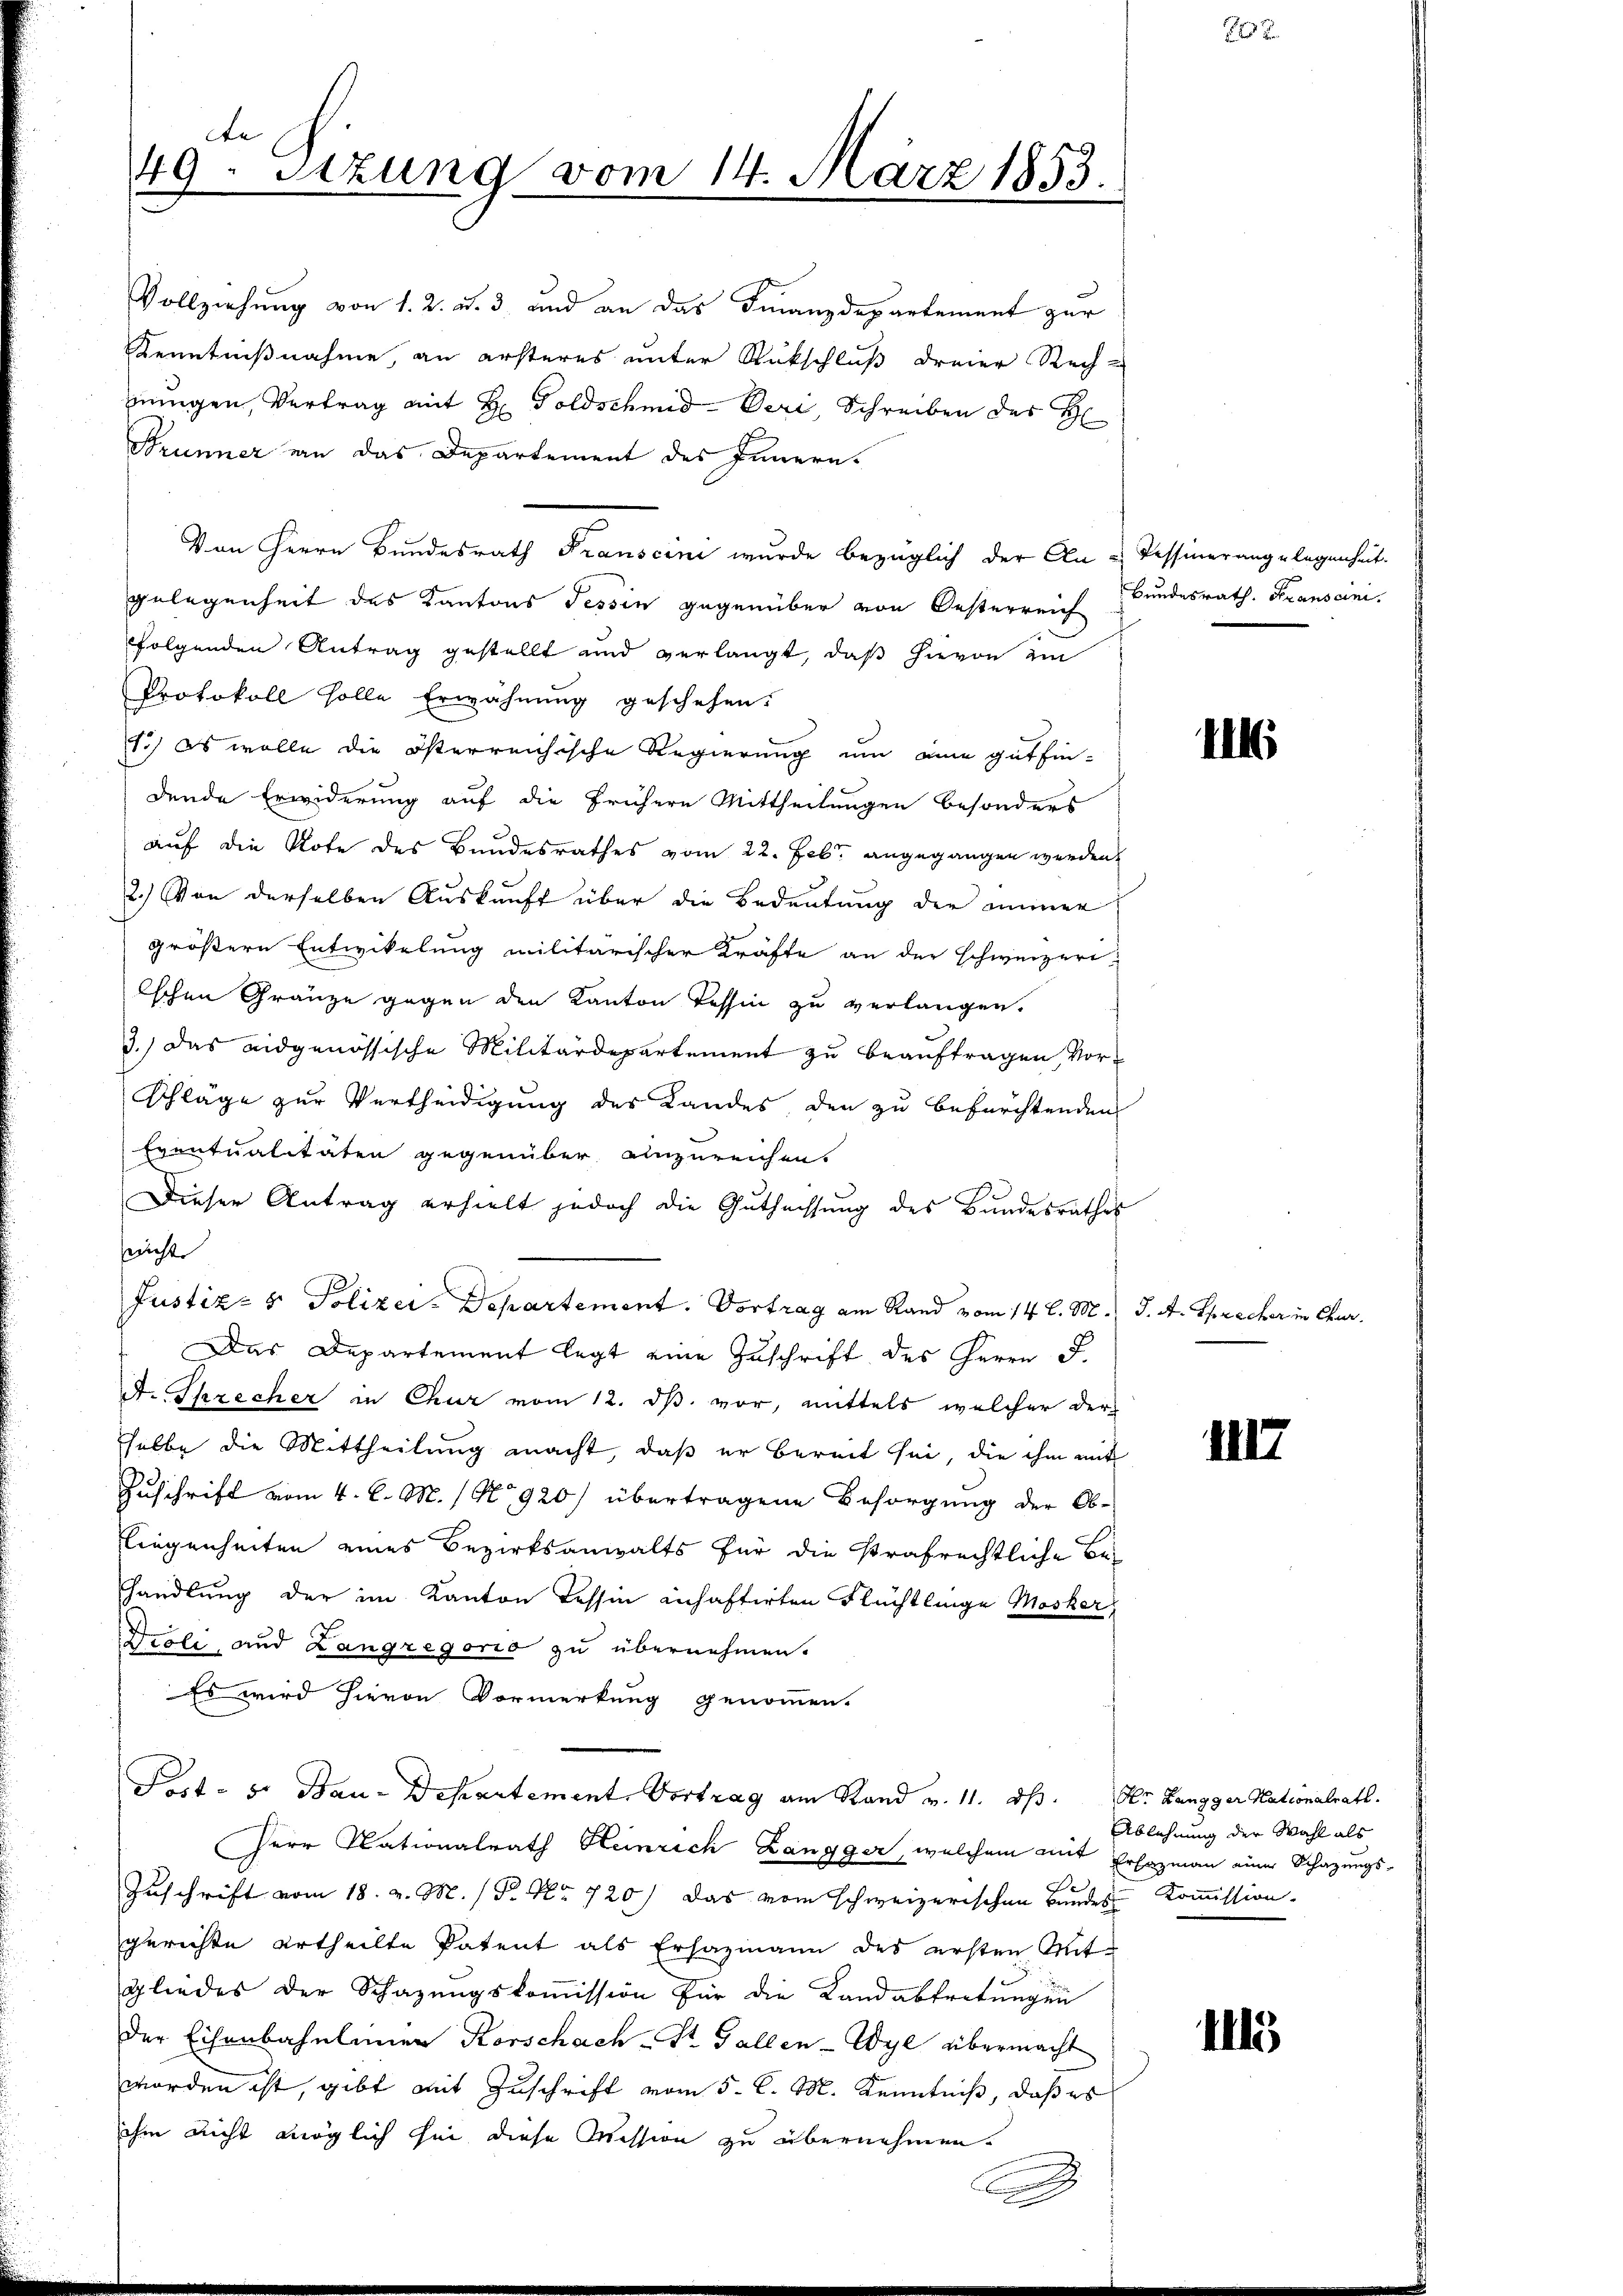
de
49. Sitzung vom 14. März 1853.

Vollziehung von 1. 2. u. 3 und an das Finanzdepartement zur
Kenntnißnahme, an ersteres unter Rückschluß dreier Rech-
jingen, Vertrag mit H. Goldschmid-Veri, Schreiben des H
Brunner an das Departement des Innern.
Von Herrn Bundesrath Franscini wurde bezüglich der Au u Tessinerangelegenheit.
gelegenheit des Kantons Tessin gegenüber von Oesterreich Bundesrath. Franscinifolgenden Antrag gestellt und verlangt, daß hievon im
Protokoll solle Erwähnung geschehen.
1.) es wolle die österreichische Regierung um eine gutfindende Erwiderung auf die frühere Mittheilungen besonders
auf die Note des Bundesrathes vom 22. Febr. angegangen werden,
2.) Von derselben Auskunft über die Bedeutung der immer
größern Entwickelung militarischer Kräfte an der schweizeri-
schen Gränze gegen den Kanton Tessin zu verlangen.
3.) Das eidgenössische Militärdepartement zu beauftragen, vor¬
Schläge zur Vertheidigung des Landes den zu befürchtenden
Eventualitäten gegenüber einzureichen.
Dieser Antrag erhielt jedoch die Gŭthassŭng des Bŭndesrathes
nicht
Justiz- & Polizei-Departement. Vortrag am Rand vom 14. l. M. J. A. Sprecher in Chur¬
Das Departement legt eine Zuschrift des Herrn J.
A. Schrecker in Chur vom 12. ds. vor, mittels welcher dur
selbe die Mittheilung macht, daß er bereit sei, die ihm mit
Zuschrift vom 4. d. M. / No 920) übertragene Besorgung der Ob-
Liegenheiten eines Bezirksanwalts für die strafrechtliche Be-
handlung der im Kanton Tessin anhaftirten Flüchtlinge Masker,
Droli, und Langregorio zu übernehmen.
Es wird hievon Vormerkung genommen.
Pat. v. Bau-Departement, Vortrag am Rand v. 11. ds. Dr. Langger Nationalrath.
Herr Nationalrath Heinrich Langger, welchem mit Erhozmann einer Schazungs-
Zuschrift vom 18. v. M. / P. Nr. 720) Das vom schweizerischen Bundes Kommission.
gerichte Urtheilte Patent als Erhazmann des ersten Mit-
gliedes der Schazungskommission für die Landabtretungen
der Eisenbahnliner Korschach St. Gallen-Wyl übermacht
worden ist, gibt mit Zuschrift vom 5. C. M. Kenntniß, daß es
ihm nicht möglich sei diese Mession zu übernehmen.

c

.

11

1117

Ablehnung der Wahl als

II15